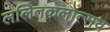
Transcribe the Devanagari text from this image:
ललितकलोत्सव